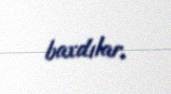
baxdılar.